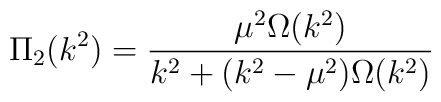
\Pi _2(k^2)=\frac{\mu ^2\Omega (k^2)}{k^2+(k^2-\mu ^2)\Omega (k^2)}